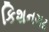
કિશનગઢ